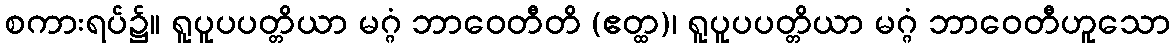
စကားရပ်၌။ ရူပူပပတ္တိယာ မဂ္ဂံ ဘာဝေတီတိ (ဧတ္ထ)၊ ရူပူပပတ္တိယာ မဂ္ဂံ ဘာဝေတီဟူသော